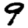
Digit: 9